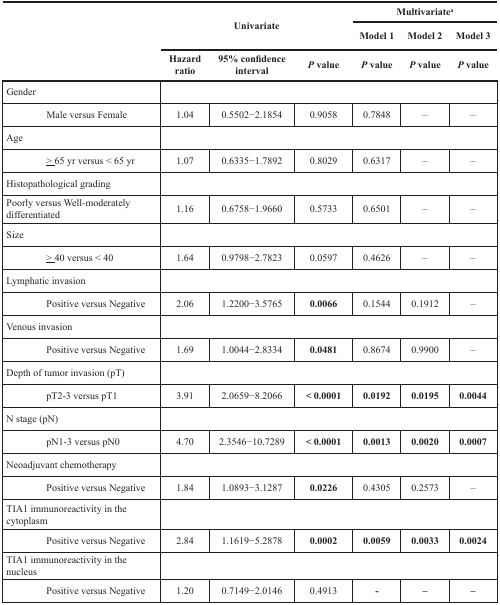
<table><thead><tr><td rowspan="3">[EMPTY_CELL]</td><td colspan="3" rowspan="2"><b>Univariate</b></td><td colspan="3"><b>Multivariate<sup>a</sup></b></td></tr><tr><td><b>Model 1</b></td><td><b>Model 2</b></td><td><b>Model 3</b></td></tr><tr><td><b>Hazard ratio</b></td><td><b>95% confidence interval</b></td><td><b><i>P</i> value</b></td><td><b><i>P</i> value</b></td><td><b><i>P</i> value</b></td><td><b><i>P</i> value</b></td></tr></thead><tbody><tr><td>Gender</td><td colspan="6">[EMPTY_CELL]</td></tr><tr><td>Male versus Female</td><td>1.04</td><td>0.5502−2.1854</td><td>0.9058</td><td>0.7848</td><td>–</td><td>–</td></tr><tr><td>Age</td><td colspan="6">[EMPTY_CELL]</td></tr><tr><td>≥ 65 yr versus &lt; 65 yr</td><td>1.07</td><td>0.6335−1.7892</td><td>0.8029</td><td>0.6317</td><td>–</td><td>–</td></tr><tr><td>Histopathological grading</td><td colspan="6">[EMPTY_CELL]</td></tr><tr><td>Poorly versus Well-moderately differentiated</td><td>1.16</td><td>0.6758−1.9660</td><td>0.5733</td><td>0.6501</td><td>–</td><td>–</td></tr><tr><td>Size</td><td colspan="6">[EMPTY_CELL]</td></tr><tr><td>≥ 40 versus &lt; 40</td><td>1.64</td><td>0.9798−2.7823</td><td>0.0597</td><td>0.4626</td><td>–</td><td>–</td></tr><tr><td>Lymphatic invasion</td><td colspan="6">[EMPTY_CELL]</td></tr><tr><td>Positive versus Negative</td><td>2.06</td><td>1.2200−3.5765</td><td><b>0.0066</b></td><td>0.1544</td><td>0.1912</td><td>–</td></tr><tr><td>Venous invasion</td><td colspan="6">[EMPTY_CELL]</td></tr><tr><td>Positive versus Negative</td><td>1.69</td><td>1.0044−2.8334</td><td><b>0.0481</b></td><td>0.8674</td><td>0.9900</td><td>–</td></tr><tr><td>Depth of tumor invasion (pT)</td><td colspan="6">[EMPTY_CELL]</td></tr><tr><td>pT2-3 versus pT1</td><td>3.91</td><td>2.0659−8.2066</td><td><b>&lt; 0.0001</b></td><td><b>0.0192</b></td><td><b>0.0195</b></td><td><b>0.0044</b></td></tr><tr><td>N stage (pN)</td><td colspan="6">[EMPTY_CELL]</td></tr><tr><td>pN1-3 versus pN0</td><td>4.70</td><td>2.3546−10.7289</td><td><b>&lt; 0.0001</b></td><td><b>0.0013</b></td><td><b>0.0020</b></td><td><b>0.0007</b></td></tr><tr><td>Neoadjuvant chemotherapy</td><td colspan="6">[EMPTY_CELL]</td></tr><tr><td>Positive versus Negative</td><td>1.84</td><td>1.0893−3.1287</td><td><b>0.0226</b></td><td>0.4305</td><td>0.2573</td><td>–</td></tr><tr><td>TIA1 immunoreactivity in the cytoplasm</td><td colspan="6">[EMPTY_CELL]</td></tr><tr><td>Positive versus Negative</td><td>2.84</td><td>1.1619−5.2878</td><td><b>0.0002</b></td><td><b>0.0059</b></td><td><b>0.0033</b></td><td><b>0.0024</b></td></tr><tr><td>TIA1 immunoreactivity in the nucleus</td><td colspan="6">[EMPTY_CELL]</td></tr><tr><td>Positive versus Negative</td><td>1.20</td><td>0.7149−2.0146</td><td>0.4913</td><td><b>-</b></td><td><b>–</b></td><td><b>–</b></td></tr></tbody></table>